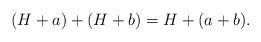
LaTeX: \begin{align*}(H+a)+(H+b)=H+(a+b).\end{align*}